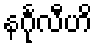
နင်္ဂုလီဟိ